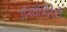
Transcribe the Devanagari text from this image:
उनिवेर्सितेतो